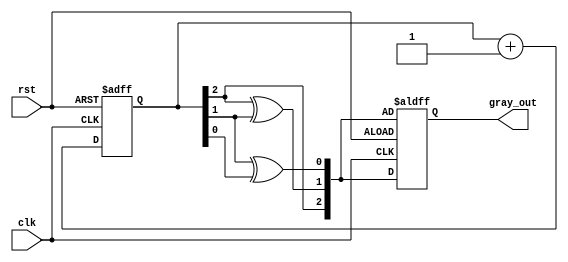
module gray_code_counter (
    input wire clk,        // Clock signal
    input wire rst,        // Asynchronous reset signal
    output reg [2:0] gray_out // 3-bit Gray code output
);

    reg [2:0] binary_count; // 3-bit binary counter

    // Gray code conversion function
    function [2:0] binary_to_gray;
        input [2:0] binary;
        begin
            binary_to_gray[2] = binary[2]; // G(n-1) = B(n-1)
            binary_to_gray[1] = binary[2] ^ binary[1]; // G(n-2) = B(n-1) XOR B(n-2)
            binary_to_gray[0] = binary[1] ^ binary[0]; // G(n-3) = B(n-2) XOR B(n-3)
        end
    endfunction

    // Sequential logic for counting
    always @(posedge clk or posedge rst) begin
        if (rst) begin
            binary_count <= 3'b000; // Initialize binary counter to 0
            gray_out <= binary_to_gray(binary_count); // Initialize Gray code output
        end else begin
            binary_count <= binary_count + 1; // Increment binary counter
            gray_out <= binary_to_gray(binary_count); // Update Gray code output
        end
    end

endmodule